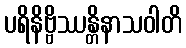
ပရိနိဗ္ဗိဿန္တိနာသဝါတိ